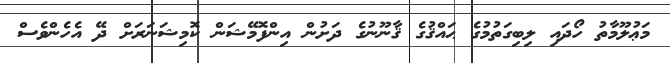
މަޢުލޫމާތު ހޯދައި ލިބިގަތުމުގެ ޙައްޤުގެ ޤާނޫނުގެ ދަށުން އިންފޮމޭޝަން ކޮމިޝަނަރަށް ދޭ އެހެންވެސް